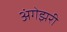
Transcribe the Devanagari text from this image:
अंगेझरी